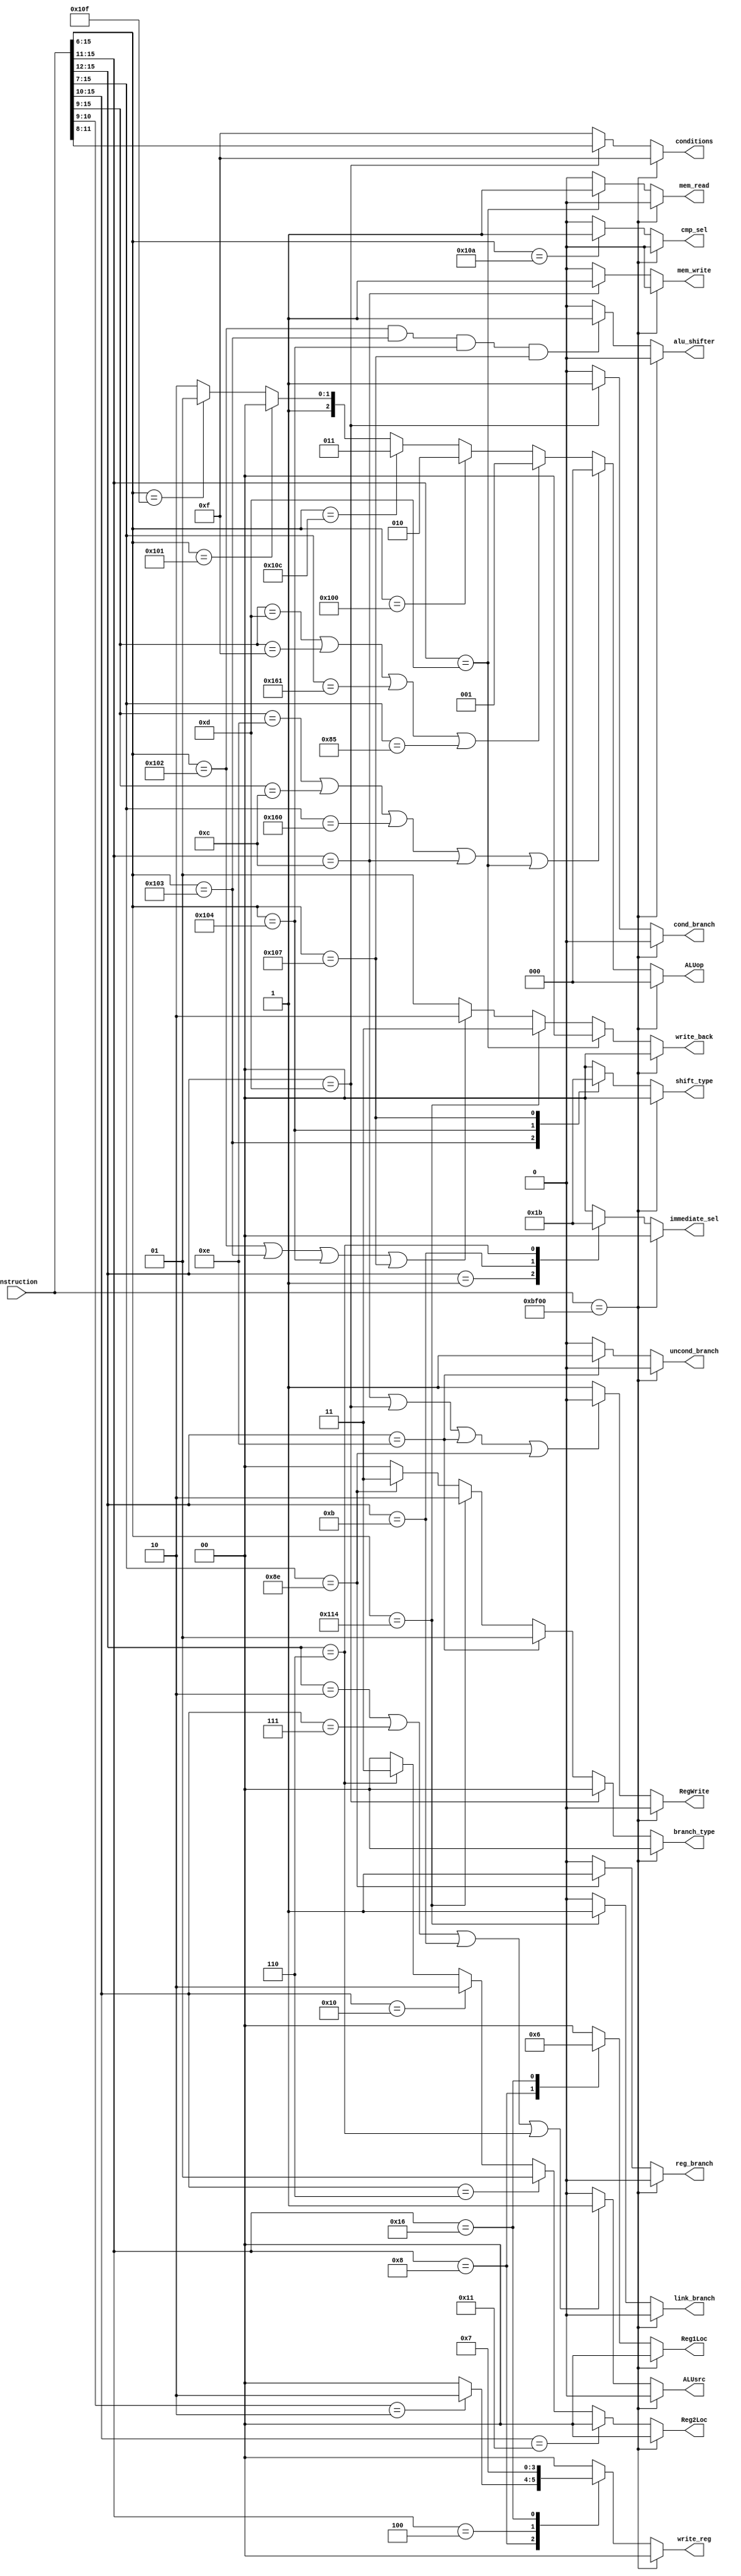
`timescale 1ns / 1ps
//////////////////////////////////////////////////////////////////////////////////
// Company: 
// Engineer: 
// 
// Design Name: 
// Module Name: control_unit
// Project Name: 
// Target Devices: 
// Tool Versions: 
// Description: 
// 
// Dependencies: 
// 
// Revision:
// Revision 0.01 - File Created
// Additional Comments:
// 
//////////////////////////////////////////////////////////////////////////////////


module control_unit(
                   input [15:0] instruction,
                   output reg [1:0] Reg1Loc,
                   output reg [1:0] Reg2Loc,
                   output reg [1:0] write_reg,
                   output reg cmp_sel,
                   output reg [1:0] immediate_sel,
                   output reg RegWrite,
                   output reg ALUsrc,
                   output reg [1:0] shift_type,
                   output reg [2:0] ALUop,
                   output reg [3:0] conditions,
                   output reg mem_read,
                   output reg mem_write,
                   output reg [1:0] write_back,
                   output reg cond_branch,
                   output reg uncond_branch,
                   output reg link_branch,
                   output reg reg_branch,
                   output reg [1:0] branch_type,
                   output reg alu_shifter             
                   );
                   
//Reg1Loc block
always @(*)
 begin
 if (instruction == 16'b1011111100000000)
  Reg1Loc = 2'b00;
 else
  begin
      casez(instruction[15:11])
       5'b00011: Reg1Loc = 2'b00;   //00 = instr[5:3]
       5'b01100: Reg1Loc = 2'b00;
       5'b01101: Reg1Loc = 2'b00;
       5'b01000: Reg1Loc = 2'b01;   //01 = instr[2:0]
       5'b10110: Reg1Loc = 2'b10;   //10 = SP
       default:  Reg1Loc = 2'b00;   
      endcase
   end
 end                   

//Reg2Loc block
always @(*)
 begin
  if (instruction == 16'b1011111100000000)
   Reg2Loc = 2'b00;
  else
   begin
      if(instruction[15:10] == 6'b010001)
       Reg2Loc = 2'b00;   //00 = instr[6:3]
      else if(instruction[15:10] == 6'b000110)
       Reg2Loc = 2'b01;   //01 = instr[8:6]
      else if(instruction[15:10] == 6'b010000)
       Reg2Loc = 2'b10;   //10 = instr[5:3]
      else if(instruction[15:12] == 4'b0110)
       Reg2Loc = 2'b11;
      else
       Reg2Loc = 2'b00;
   end
 end     
 
//write_reg block 
always @(*)
 begin
  if (instruction == 16'b1011111100000000)
   write_reg = 2'b00;
  else
   begin
      casez(instruction[15:11])
       5'b01000: begin
                  if(instruction[10:9] == 2'b10)
                   write_reg = 2'b10;  //10 = link_register [R14]
                  else
                   write_reg = 2'b00;  //00 = instr[2:0]
                 end  
       5'b00011: write_reg = 2'b00;
       5'b01101: write_reg = 2'b00;
       5'b01100: write_reg = 2'b00;
       5'b00100: write_reg = 2'b01;    //01 = instr[10:8]
       5'b10110: write_reg = 2'b11;    //11 = SP
       default:  write_reg = 2'b00;
      endcase
   end
 end

//cmp_sel block
always @(*)
 begin
  if (instruction == 16'b1011111100000000)
   cmp_sel = 1'b0;
  else
   begin
    if(instruction[15:6] == 10'b0100001010)
     cmp_sel = 1'b1;
    else
     cmp_sel = 1'b0;
   end
 end
 
//RegWrite block
always @(*)
 begin
 if (instruction == 16'b1011111100000000)
  RegWrite = 1'b0;
 else
  begin
   if ((instruction[15:11] == 5'b01100) | (instruction[15:12] == 4'b1101) | (instruction[15:12] == 4'b1110) | (instruction[15:7] == 9'b010001110))
    RegWrite = 1'b0;         //store, cond_branch, uncond_branch or register branch: no writing to register file is taking place
   else
    RegWrite = 1'b1;
  end
 end
 
//immediate_sel block
always @(*)
 begin
  if (instruction == 16'b1011111100000000)
   immediate_sel = 2'b00;
  else
   begin 
    case(instruction[15:12])
     4'b0010: immediate_sel = 2'b00;    //00 = instr[7:0]
     4'b0001: immediate_sel = 2'b01;    //01 = instr[8:6]
     4'b1011: immediate_sel = 2'b10;    //10 = instr[6:0]
     4'b0110: immediate_sel = 2'b11;    //11 = instr[10:6]
     default: immediate_sel = 2'b00;
    endcase
   end
 end

//ALUsrc block
always @(*)
 begin
  if (instruction == 16'b1011111100000000)
  ALUsrc = 1'b0;
 else
  begin
    if ((instruction[15:12] == 4'b0010) | (instruction[15:10] == 6'b000111) | (instruction[15:12] == 4'b1011) | (instruction[15:12] == 4'b0110))
     begin
      ALUsrc = 1'b1;    //anytime if its an immediate that needs to go ahead in ALU
     end
    else
     begin
      ALUsrc = 1'b0;    //when value in the register Rm needs to go to the ALU
     end
  end 
 end

//ALUop block
always @(*)
 begin
  if(instruction == 16'b1011111100000000)
   ALUop = 3'b000;
  else
   begin
    if ((instruction[15:9] == 7'b0001110) | (instruction[15:9] == 7'b0001100) | (instruction[15:7] == 9'b101100000) | (instruction[15:11] == 5'b01100) | (instruction[15:11] == 5'b01101)) 
     ALUop = 3'b000;   //ADD
    else if((instruction[15:9] == 7'b0001101) | (instruction[15:9] == 7'b0001111) | (instruction[15:7] == 9'b101100001) | (instruction[15:7] == 9'b010000101))
     ALUop = 3'b001;    //SUB
    else if(instruction[15:6] == 10'b0100000000)
     ALUop = 3'b010;   //AND
    else if(instruction[15:6] == 10'b0100001100)
     ALUop = 3'b011;   //OR
    else if(instruction[15:6] == 10'b0100000001)
     ALUop = 3'b100;   //0OR
    else if(instruction[15:6] == 10'b0100001111)
     ALUop = 3'b101;   //NOT
    else 
     ALUop = 3'b110;   //SAME
   end
 end 

//shift_type block
always @(*)
 begin
  if(instruction == 16'b1011111100000000)
   shift_type = 2'b00;
  else
   begin
    case(instruction[15:6])
     10'b0100000010: shift_type = 2'b00;  //00 = LSL
     10'b0100000011: shift_type = 2'b01;  //01 = LSR
     10'b0100000100: shift_type = 2'b10;  //10 = ASR
     10'b0100000111: shift_type = 2'b11;  //11 = ROR
     default:        shift_type = 2'b00;
    endcase
   end
 end                  

//mem_read block
always @(*)
 begin
  if(instruction == 16'b1011111100000000)
   mem_read = 1'b0;
  else
   begin
    if(instruction[15:11] == 5'b01101)
     mem_read = 1'b1;
    else
     mem_read = 1'b0;          
   end       
 end

//mem_write block
always @(*)
 begin
  if(instruction == 16'b1011111100000000)
   mem_write = 1'b0;
  else
   begin
    if(instruction[15:11] == 5'b01100)
     mem_write = 1'b1;
    else
     mem_write = 1'b0;          
   end       
 end                  

//write_back block
always @(*)
 begin
  if(instruction == 16'b1011111100000000)
   write_back = 2'b00;
  else
    begin
      if(instruction[15:11] == 5'b01101)    //data from memory
       write_back = 2'b00;
      else if(instruction[15:6] == 10'b0100010100)
       write_back = 2'b11;                    //from link register
      else if((instruction[15:6] == 10'b0100000010) | (instruction[15:6] == 10'b0100000011) | (instruction[15:6] == 10'b0100000100) | (instruction[15:6] == 10'b0100000111))
       write_back = 2'b10;                //from shifter
      else
       write_back = 2'b01;              //from ALU
    end
 end                  


//cond_branch block
always @(*)
 begin
  if(instruction == 16'b1011111100000000)
   cond_branch = 1'b0;
  else
   begin
    if(instruction[15:12] == 4'b1101)
     cond_branch = 1'b1;
    else
     cond_branch = 1'b0;
   end
 end
 
//uncond_branch block
 always @(*)
  begin
   if(instruction == 16'b1011111100000000)
    uncond_branch = 1'b0;
   else
    begin
     if(instruction[15:12] == 4'b1110)
      uncond_branch = 1'b1;
     else
      uncond_branch = 1'b0;
    end
  end
 
//link_branch block
always @(*)
 begin
  if(instruction == 16'b1011111100000000)
   link_branch = 1'b0;
  else
   begin
    if(instruction[15:6] == 10'b0100010100)
     link_branch = 1'b1;
    else
     link_branch = 1'b0;
   end
 end 

//reg_branch block
always @(*)
 begin
  if(instruction == 16'b1011111100000000)
   reg_branch = 1'b0;
  else
   begin
    if(instruction[15:7] == 9'b010001110)
     reg_branch = 1'b1;
    else
     reg_branch = 1'b0;
   end
 end 
 
//branch_type block
//cond_branch block
always @(*)
 begin
  if(instruction == 16'b1011111100000000)
   branch_type = 2'b00;    //i am confused between 0 and 0
  else
   begin
    if(instruction[15:12] == 4'b1101)
     branch_type = 2'b00;
    else if(instruction[15:12] == 4'b1110)
     branch_type = 2'b01;
    else if(instruction[15:6] == 10'b0100010100)
     branch_type =  2'b10;
    else if(instruction[15:7] == 9'b010001110)
     branch_type = 2'b11;
    else 
     branch_type = 2'b00;
   end
 end
 
//conditions block
always @(*)
 begin
  if(instruction == 16'b1011111100000000)
   conditions = 4'b1111;    //i am confused between 0000 and 0000
  else
   begin
    if(instruction[15:12] == 4'b1101)
     conditions = instruction[11:8];
    else
     conditions = 4'b1111;    //will go to default case
   end
 end
 
always @(*)
 begin
  if(instruction == 16'b1011111100000000)
   alu_shifter = 1'b0;
  else 
   begin
    if((instruction[15:6] == 10'b0100000010) && (instruction[15:6] == 10'b0100000011) && (instruction[15:6] == 10'b0100000100) && (instruction[15:6] == 10'b0100000111))
     alu_shifter = 1'b1;
    else
     alu_shifter = 1'b0;
   end
  end
   
 endmodule